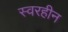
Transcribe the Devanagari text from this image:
स्वरहीन